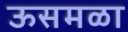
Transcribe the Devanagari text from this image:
ऊसमळा